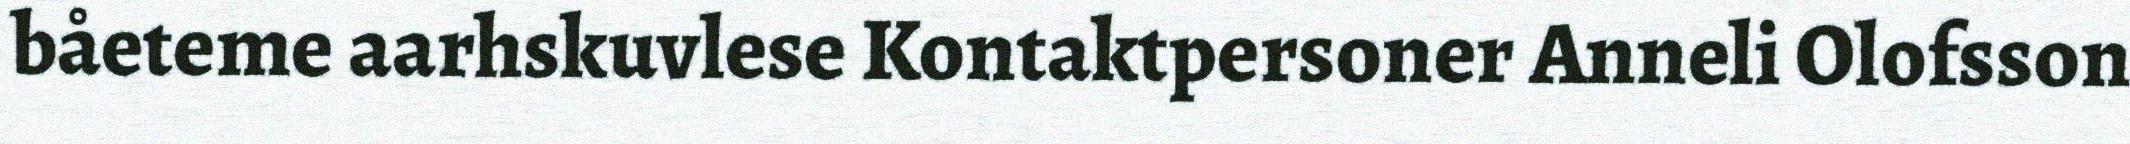
båeteme aarhskuvlese Kontaktpersoner Anneli Olofsson